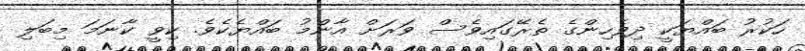
ހަކުރު ބައްޔަކީ ދިވެހިންގެ ތެރޭގައިވެސް ވަރަށް އާންމު ބައްޔެކެވެ. ކިވީ ކާނަމަ މިބަލި